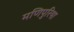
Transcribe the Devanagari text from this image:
मणिपुरिया